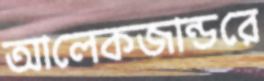
আলেকজান্ডরে